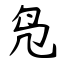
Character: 凫